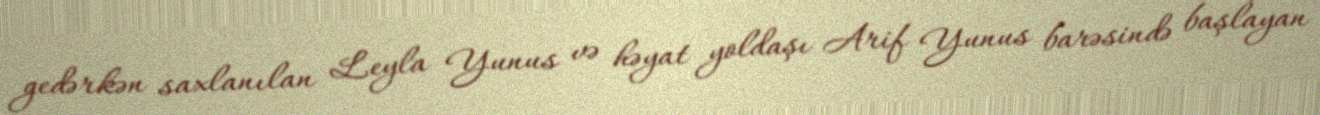
gedərkən saxlanılan Leyla Yunus və həyat yoldaşı Arif Yunus barəsində başlayan